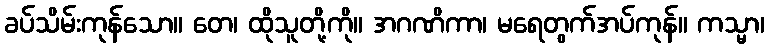
ခပ်သိမ်းကုန်သော။ တေ၊ ထိုသူတို့ကို။ အဂဏိကာ၊ မရေတွက်အပ်ကုန်။ ကသ္မာ၊